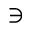
\ni